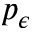
p _ { \epsilon }